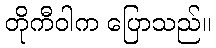
တိုကီဝါက ပြောသည်။